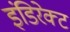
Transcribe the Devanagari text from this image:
इंडिरेक्ट